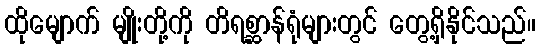
ထိုမျောက် မျိုးတို့ကို တိရစ္ဆာန်ရုံများတွင် တွေ့ရှိနိုင်သည်။